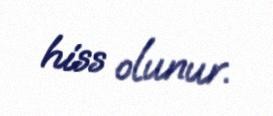
hiss olunur.